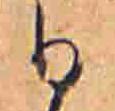
ひ